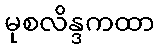
မုစလိန္ဒကထာ